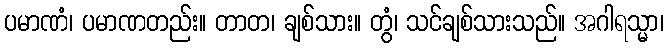
ပမာဏံ၊ ပမာဏတည်း။ တာတ၊ ချစ်သား။ တွံ၊ သင်ချစ်သားသည်။ အဂါရသ္မာ၊